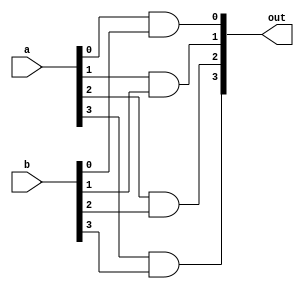
module for_and_loop_comb (out, a, b);
  output 		[3: 0] 	out;
  input 		[3: 0] 	a, b;
  

  reg 		[2: 0]	i;
  reg 		[3: 0] 	out;
  wire 		[3: 0] 	a, b;

  always @  (a or b)
    begin
      for (i = 0; i <= 3; i = i+1)
        out[i] = a[i] & b[i];
    end
endmodule